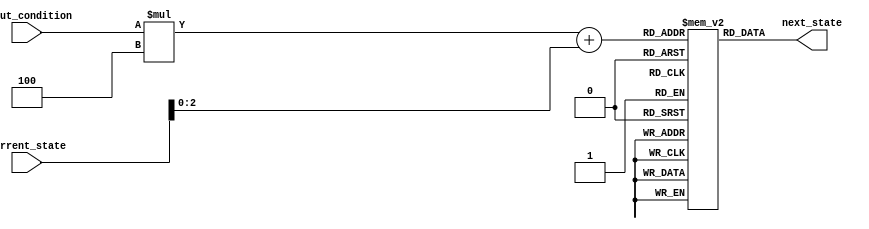
module fsm(
    input [n-1:0] current_state,
    input [m-1:0] input_condition,
    output reg [n-1:0] next_state
);

// Define transition rules
parameter n = 4; // Number of states
parameter m = 2; // Number of input conditions

// Define two-dimensional grid representing FSM
reg [n-1:0] state_table [m-1:0][n-1:0];

// Initialize state table with transition rules
initial begin
    // Define transition rules for each cell in the grid
    state_table[0][0] = 1;
    state_table[0][1] = 2;
    state_table[0][2] = 3;
    state_table[0][3] = 0;
    
    state_table[1][0] = 3;
    state_table[1][1] = 0;
    state_table[1][2] = 2;
    state_table[1][3] = 1;
end

// Output logic to determine next state based on current state and input conditions
always @(*) begin
    // Determine next state based on current state and input conditions
    next_state = state_table[input_condition][current_state];
end

endmodule